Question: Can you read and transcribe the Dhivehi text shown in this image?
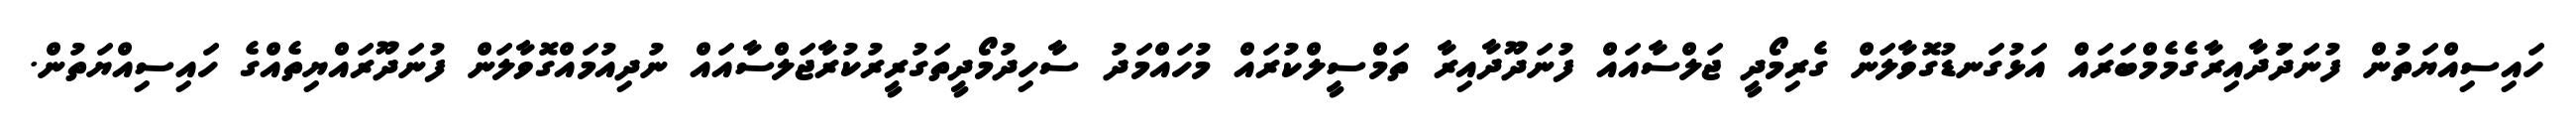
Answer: ހައިސިއްޔަތުން ފުނަދަުދާއިރާގެމެމްބަރައް އަޅުގަނޑުގޮވާލަން ގެރިމޯދީ ޖަލްސާއައް ފުނަދޫދާއިރާ ތަމްސީލްކުރައް މުހައްމަދު ސާހިދުމޯދީތަގުރީރުކުރާޖަލްސާއައް ނުދިއުމައްގޮވާލަން ފުނަދޫރައްޔިތެއްގެ ހައިސިއްޔަތުން.